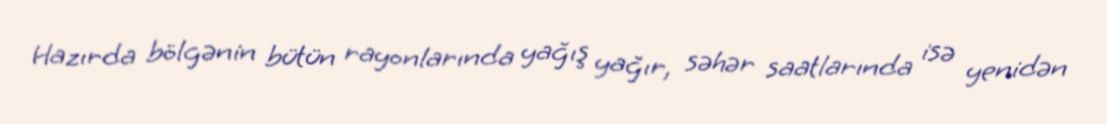
Hazırda bölgənin bütün rayonlarında yağış yağır, səhər saatlarında isə yenidən